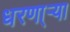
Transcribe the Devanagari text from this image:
धरणा्र्‍या